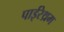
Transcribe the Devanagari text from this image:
पाईरेथ्रम